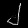
Digit: ၂